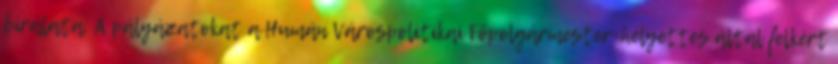
bírálata: A pályázatokat a Humán Várospolitikai Főpolgármester-helyettes által felkért